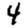
Digit: 4